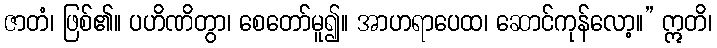
ဇာတံ၊ ဖြစ်၏။ ပဟိဏိတွာ၊ စေတော်မူ၍။ အာဟရာပေထ၊ ဆောင်ကုန်လော့။” ဣတိ၊